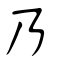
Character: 廼